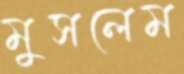
মুসলেম